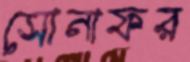
সোনাফর